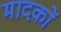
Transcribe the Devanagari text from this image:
मादकों